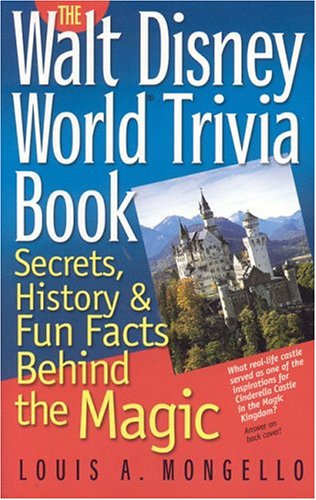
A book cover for The Walt Disney World Trivia Book: Secrets, History & Fun Facts Behind the Magic (Volume 1); Louis A. Mongello; Travel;